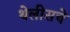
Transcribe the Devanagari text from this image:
थेलीसचे